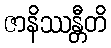
ဇာနိဿန္တီတိ